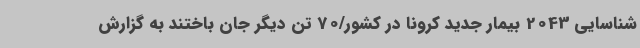
شناسایی 2043 بیمار جدید کرونا در کشور/70 تن دیگر جان باختند به گزارش